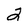
Character: 2